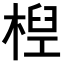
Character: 𣕕